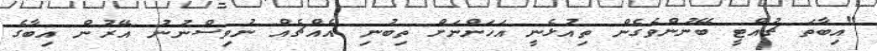
"އިބާތަ ޗުއްޓީ ބޭނުންވެގެން ތިއުޅެނީ އަހަންނަށް ތިބުނި އެއްޗެއް ނުވިސްނުނު އޭރުން އިބާގެ